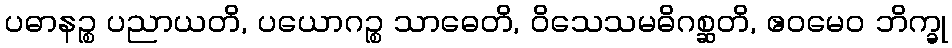
ပဓာနဉ္စ ပညာယတိ, ပယောဂဉ္စ သာဓေတိ, ဝိသေသမဓိဂစ္ဆတိ, ဧဝမေဝ ဘိက္ခု